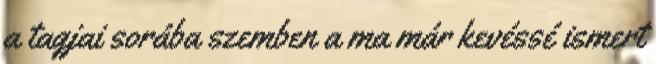
a tagjai sorába szemben a ma már kevéssé ismert